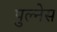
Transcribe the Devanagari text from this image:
पुल्नेस